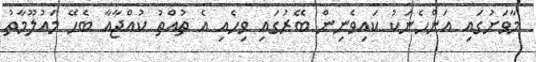
މާވަށުގައި އަންހެނަކު ކައިވެނިން ބޭރުގައި ވިހެއި އެ ތުއްތު ކުއްޖާއާ ބެހޭ މައުލޫމާތު